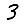
Digit: 3